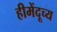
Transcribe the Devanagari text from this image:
हीमेंदूच्य